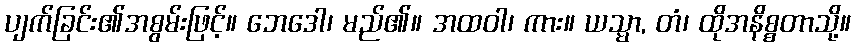
ပျက်ခြင်း၏အစွမ်းဖြင့်။ ဘေဒေါ၊ မည်၏။ အထဝါ၊ ကား။ ယသ္မာ, တံ၊ ထိုအနိစ္စတာသို့။